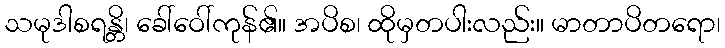
သမုဒါစရန္တိ၊ ခေါ်ဝေါ်ကုန်၏။ အပိစ၊ ထိုမှတပါးလည်း။ မာတာပိတရော၊